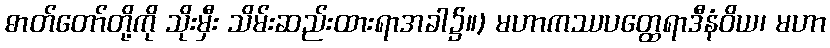
ဓာတ်တော်တို့ကို သိုးမှီး သိမ်းဆည်းထားရာအခါ၌။) မဟာကဿပတ္ထေရာဒီနံဝိယ၊ မဟာ